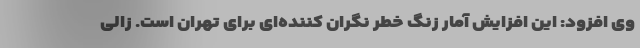
وی افزود: این افزایش آمار زنگ خطر نگران کننده‌ای برای تهران است. زالی